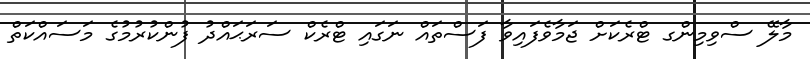
މާލޭ ސްވިމިންގ ޓްރެކަށް ޖަމާވެފައިވާ ފަސްތައް ނަގައި ޓްރެކް ސަރަޙައްދު ފުންކުރުމުގެ މަސައްކަތް